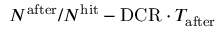
N ^ { \mathrm { a f t e r } } / N ^ { \mathrm { h i t } } - \mathrm { D C R } \cdot T _ { \mathrm { a f t e r } }